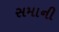
સમાની